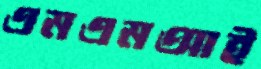
এমএমআই